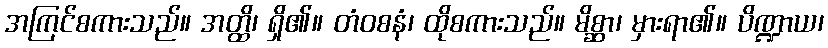
အကြင်စကားသည်။ အတ္ထိ၊ ရှိ၏။ တံဝစနံ၊ ထိုစကားသည်။ မိစ္ဆာ၊ မှားရာ၏။ ပိဏ္ဍာယ၊